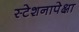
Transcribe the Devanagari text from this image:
स्टेशनापेक्षा